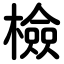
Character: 檢